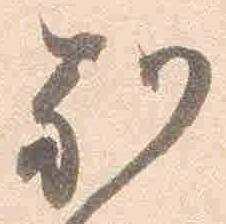
別